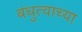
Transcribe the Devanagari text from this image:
बंधुत्वाच्या